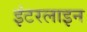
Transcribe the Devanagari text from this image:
इंटरलाइन